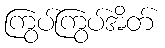
ကြွပ်ကြွပ်အိတ်